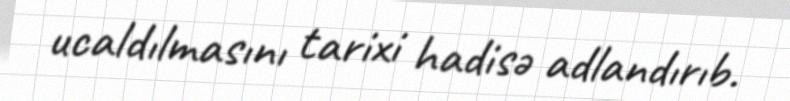
ucaldılmasını tarixi hadisə adlandırıb.